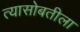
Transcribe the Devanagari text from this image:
त्यासोबतीला